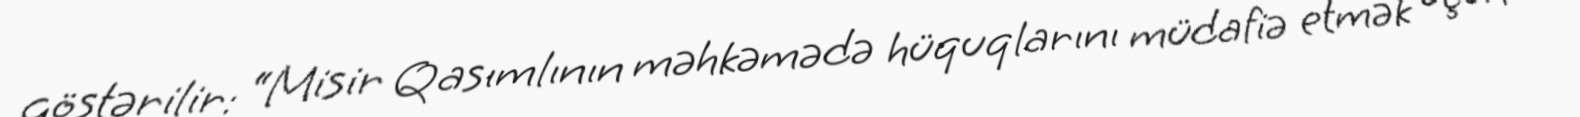
göstərilir: “Misir Qasımlının məhkəmədə hüquqlarını müdafiə etmək üçün